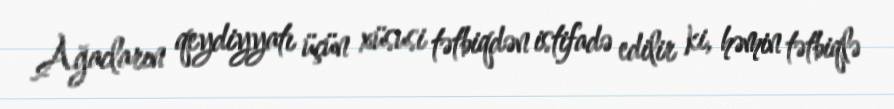
Ağacların qeydiyyatı üçün xüsusi tətbiqdən istifadə edilir ki, həmin tətbiqlə